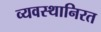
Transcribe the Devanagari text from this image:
व्यवस्थानिरत